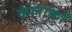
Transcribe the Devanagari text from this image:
कलाकों